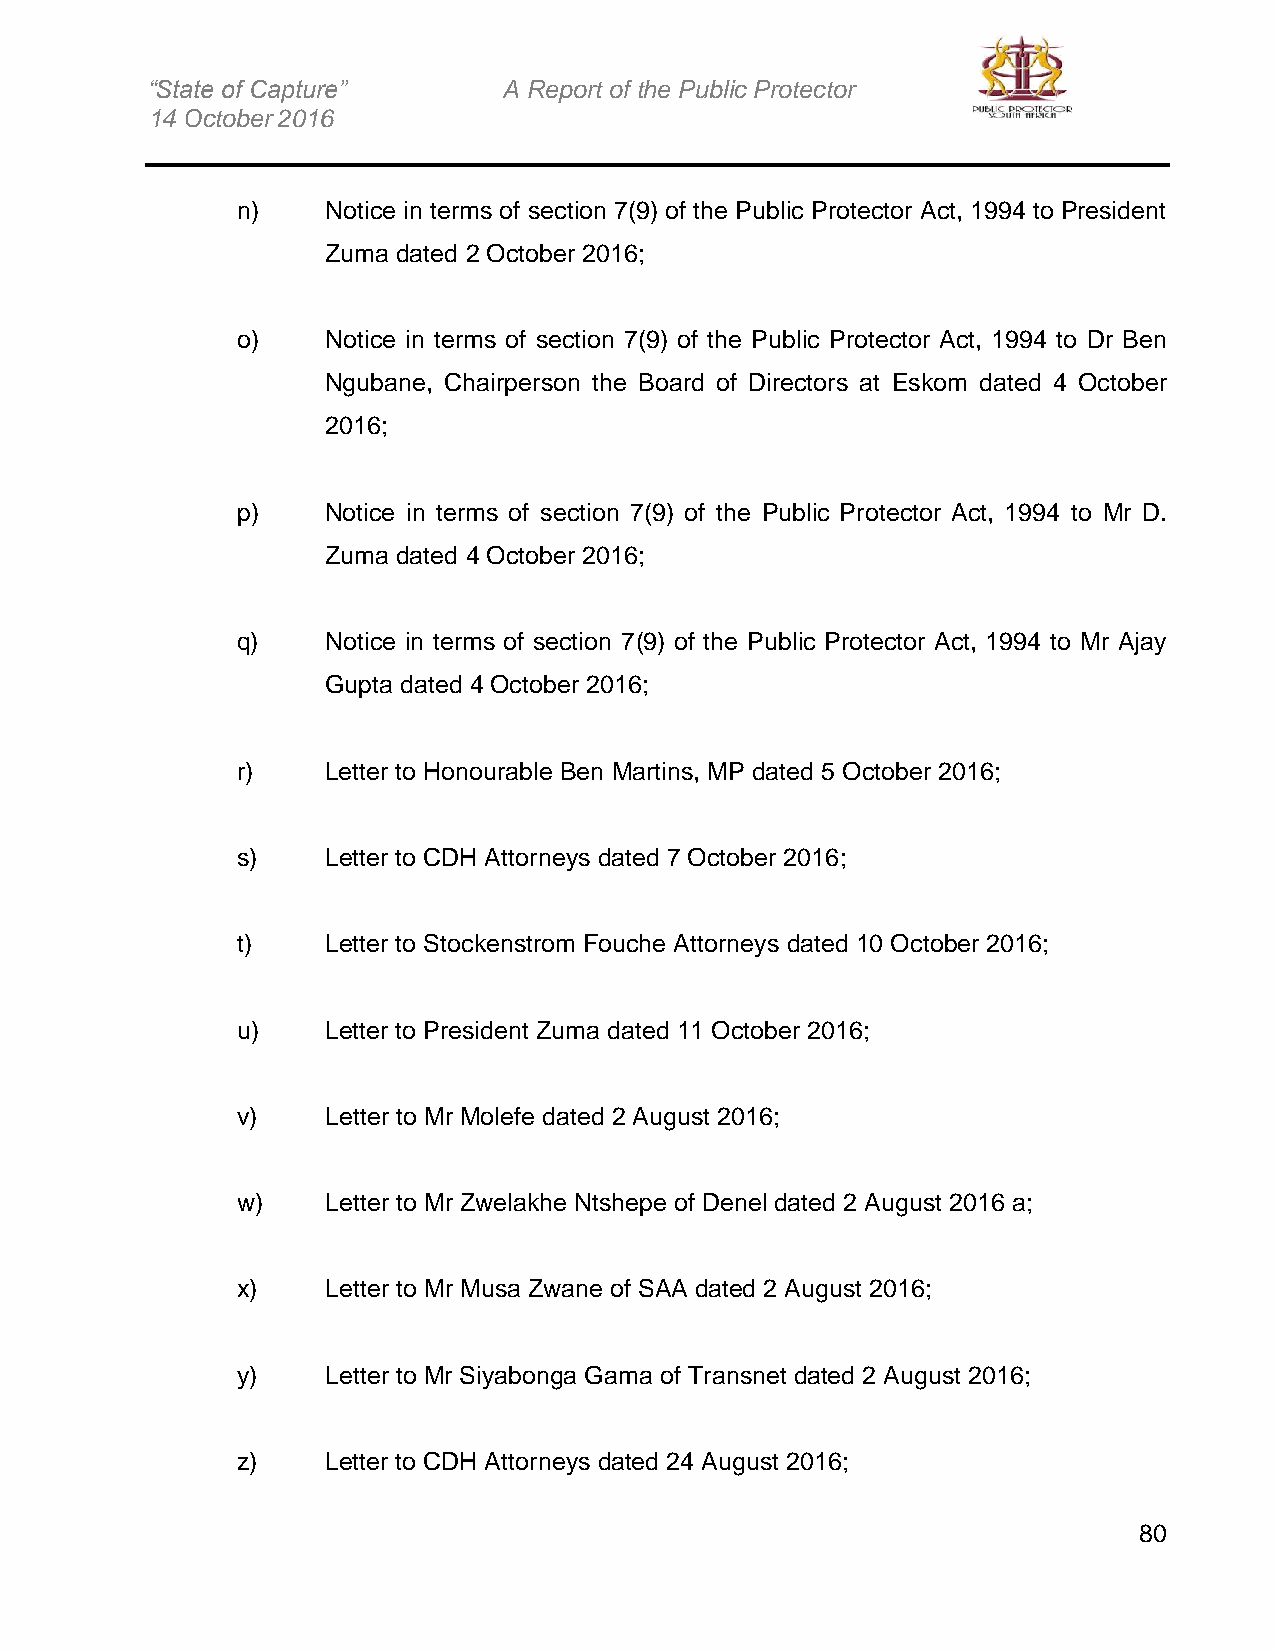
“State of Capture”     A Report of the Public Protector
 14 October 2016
 n)    Notice in terms of section 7(9) of the Public Protector Act, 1994 to President
 Zuma dated 2 October 2016;
 o)    Notice in terms of section 7(9) of the Public Protector Act, 1994 to Dr Ben
 Ngubane, Chairperson the Board of Directors at Eskom dated 4 October
 2016;
 p)    Notice in terms of section 7(9) of the Public Protector Act, 1994 to Mr D.
 Zuma dated 4 October 2016;
 q)    Notice in terms of section 7(9) of the Public Protector Act, 1994 to Mr Ajay
 Gupta dated 4 October 2016;
 r)    Letter to Honourable Ben Martins, MP dated 5 October 2016;
 s)    Letter to CDH Attorneys dated 7 October 2016;
 t)    Letter to Stockenstrom Fouche Attorneys dated 10 October 2016;
 u)    Letter to President Zuma dated 11 October 2016;
 v)    Letter to Mr Molefe dated 2 August 2016;
 w)    Letter to Mr Zwelakhe Ntshepe of Denel dated 2 August 2016 a;
 x)    Letter to Mr Musa Zwane of SAA dated 2 August 2016;
 y)    Letter to Mr Siyabonga Gama of Transnet dated 2 August 2016;
 z)    Letter to CDH Attorneys dated 24 August 2016;
 80